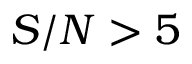
S / N > 5